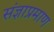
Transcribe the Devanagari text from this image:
संज्ञाप्रमाण